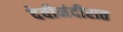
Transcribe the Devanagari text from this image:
देवीमंदीरात